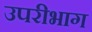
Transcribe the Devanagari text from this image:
उपरीभाग